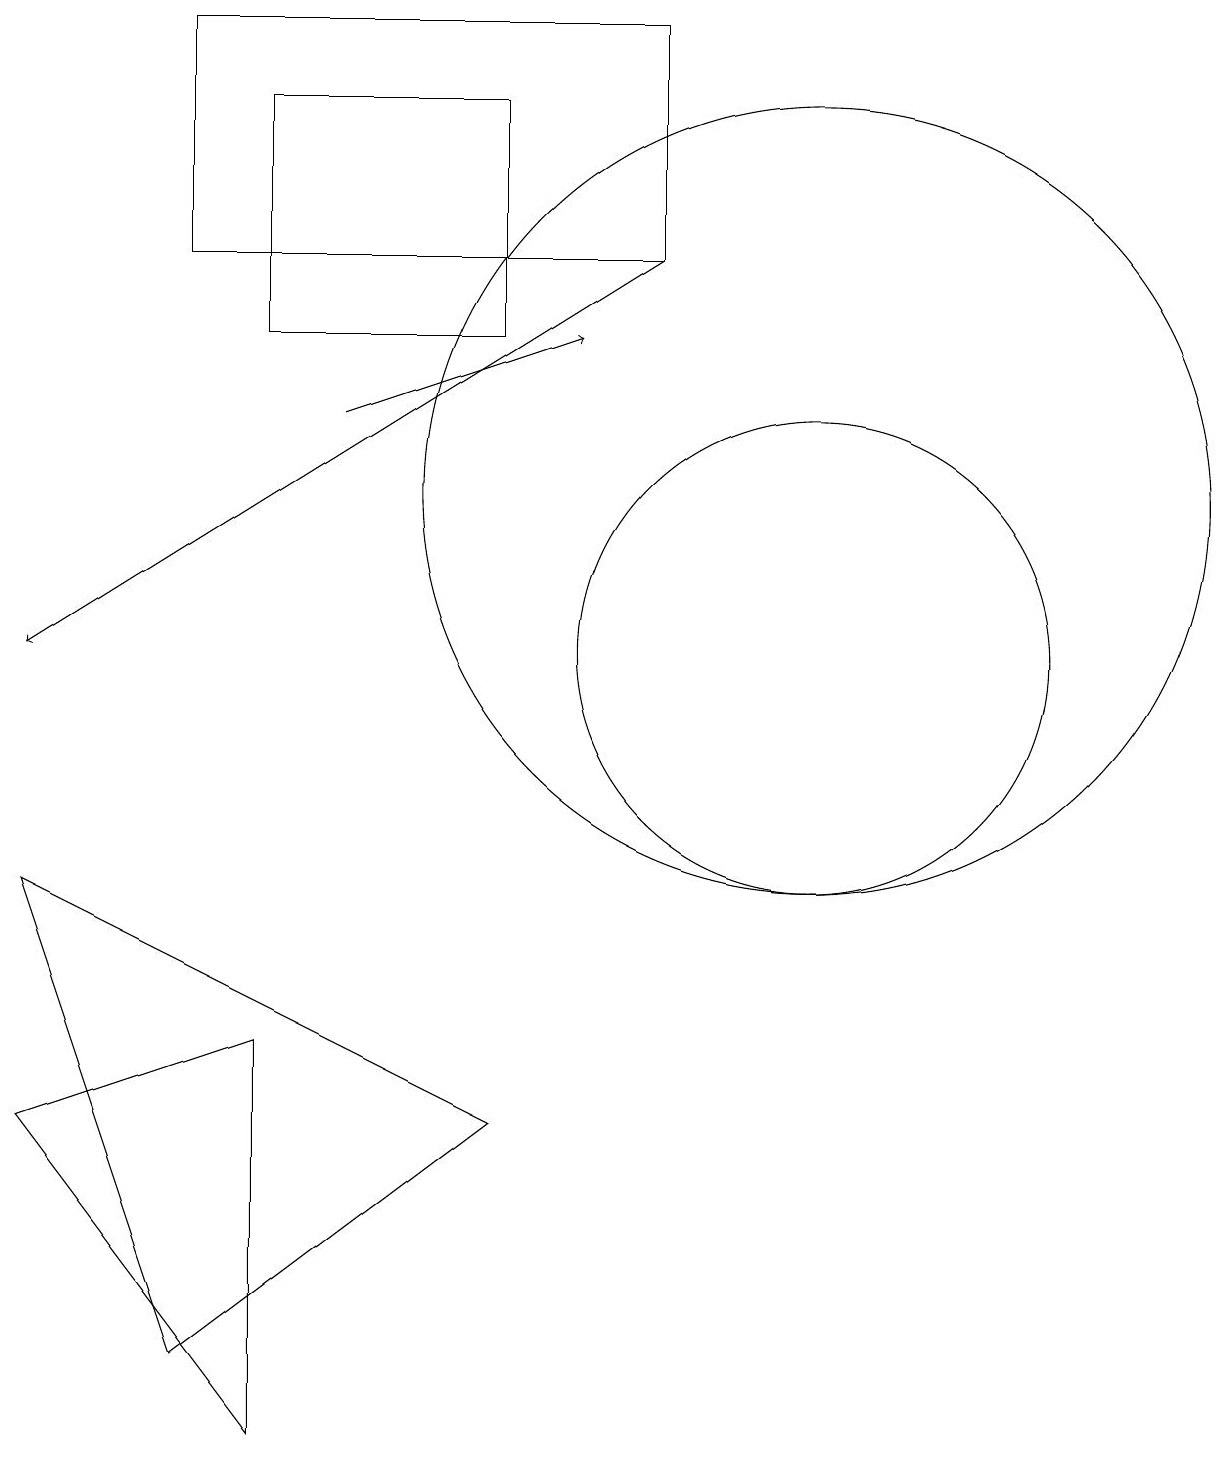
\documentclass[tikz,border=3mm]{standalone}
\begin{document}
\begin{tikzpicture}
\draw (10,10) circle (3);
\draw (3,0) -- (0,4) -- (3,5) -- cycle;
\draw (0,7) -- (6,4) -- (2,1) -- cycle;
\draw (10,12) circle (5);
\draw (8,15) rectangle (2,18);
\draw (3,17) rectangle (6,14);
\draw[->] (4,13) -- (7,14);
\draw[->] (8,15) -- (0,10);
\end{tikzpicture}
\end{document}